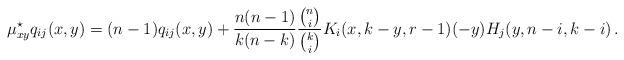
LaTeX: \begin{align*}\mu^\star_{xy} q_{ij}(x,y)&=(n-1)q_{ij}(x,y)+\frac{n(n-1)}{k(n-k)} \frac{\binom{n}{i}}{\binom{k}{i}} K_i(x,k-y,r-1) (-y)H_j(y,n-i,k-i)\,.\end{align*}